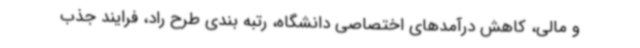
و مالی، کاهش درآمدهای اختصاصی دانشگاه، رتبه بندی طرح راد، فرایند جذب